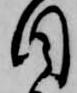
目